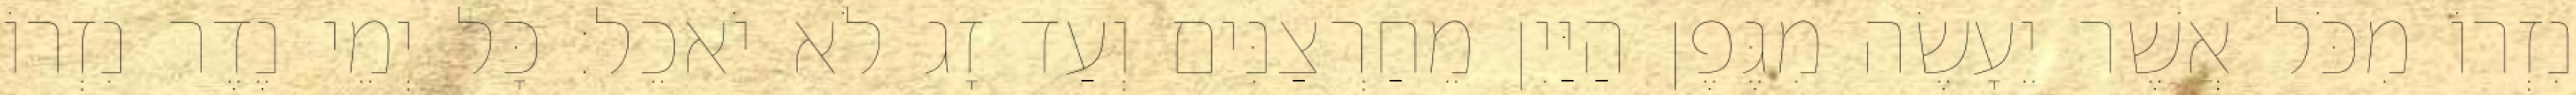
נִזְרוֹ מִכֹּל אֲשֶׁר יֵעָשֶׂה מִגֶּפֶן הַיַּיִן מֵחַרְצַנִּים וְעַד זָג לֹא יֹאכֵל׃ כָּל יְמֵי נֶדֶר נִזְרוֹ